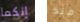
إنكما منذ